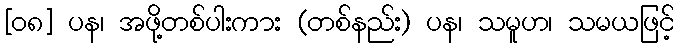
[၀၈] ပန၊ အဖို့တစ်ပါးကား (တစ်နည်း) ပန၊ သမူဟ၊ သမယဖြင့်